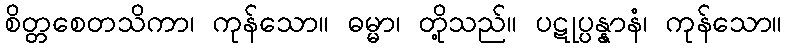
စိတ္တစေတသိကာ၊ ကုန်သော။ ဓမ္မာ၊ တို့သည်။ ပဋုပ္ပန္နာနံ၊ ကုန်သော။